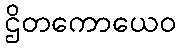
ဌိတကောယေဝ